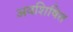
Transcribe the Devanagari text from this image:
अवशिषित